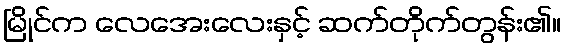
မြိုင်က လေအေးလေးနှင့် ဆက်တိုက်တွန်း၏။